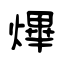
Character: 熚